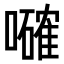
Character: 𡃜